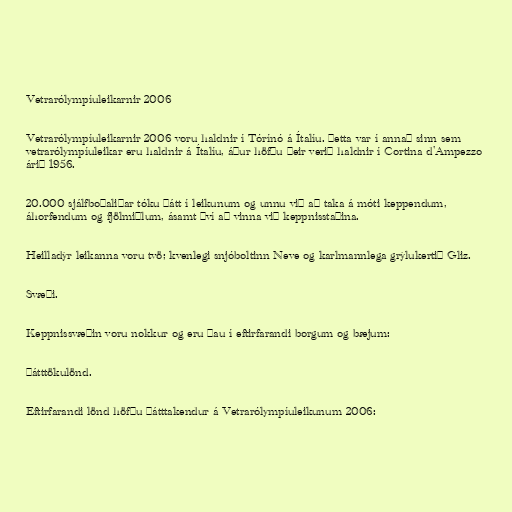
Vetrarólympíuleikarnir 2006

Vetrarólympíuleikarnir 2006 voru haldnir í Tórínó á Ítalíu. Þetta var í annað sinn sem
vetrarólympíuleikar eru haldnir á Ítalíu, áður höfðu þeir verið haldnir í Cortina d'Ampezzo
árið 1956.

20.000 sjálfboðaliðar tóku þátt í leikunum og unnu við að taka á móti keppendum,
áhorfendum og fjölmiðlum, ásamt því að vinna við keppnisstaðina.

Heilladýr leikanna voru tvö; kvenlegi snjóboltinn Neve og karlmannlega grýlukertið Gliz.

Svæði.

Keppnissvæðin voru nokkur og eru þau í eftirfarandi borgum og bæjum:

Þátttökulönd.

Eftirfarandi lönd höfðu þátttakendur á Vetrarólympíuleikunum 2006: